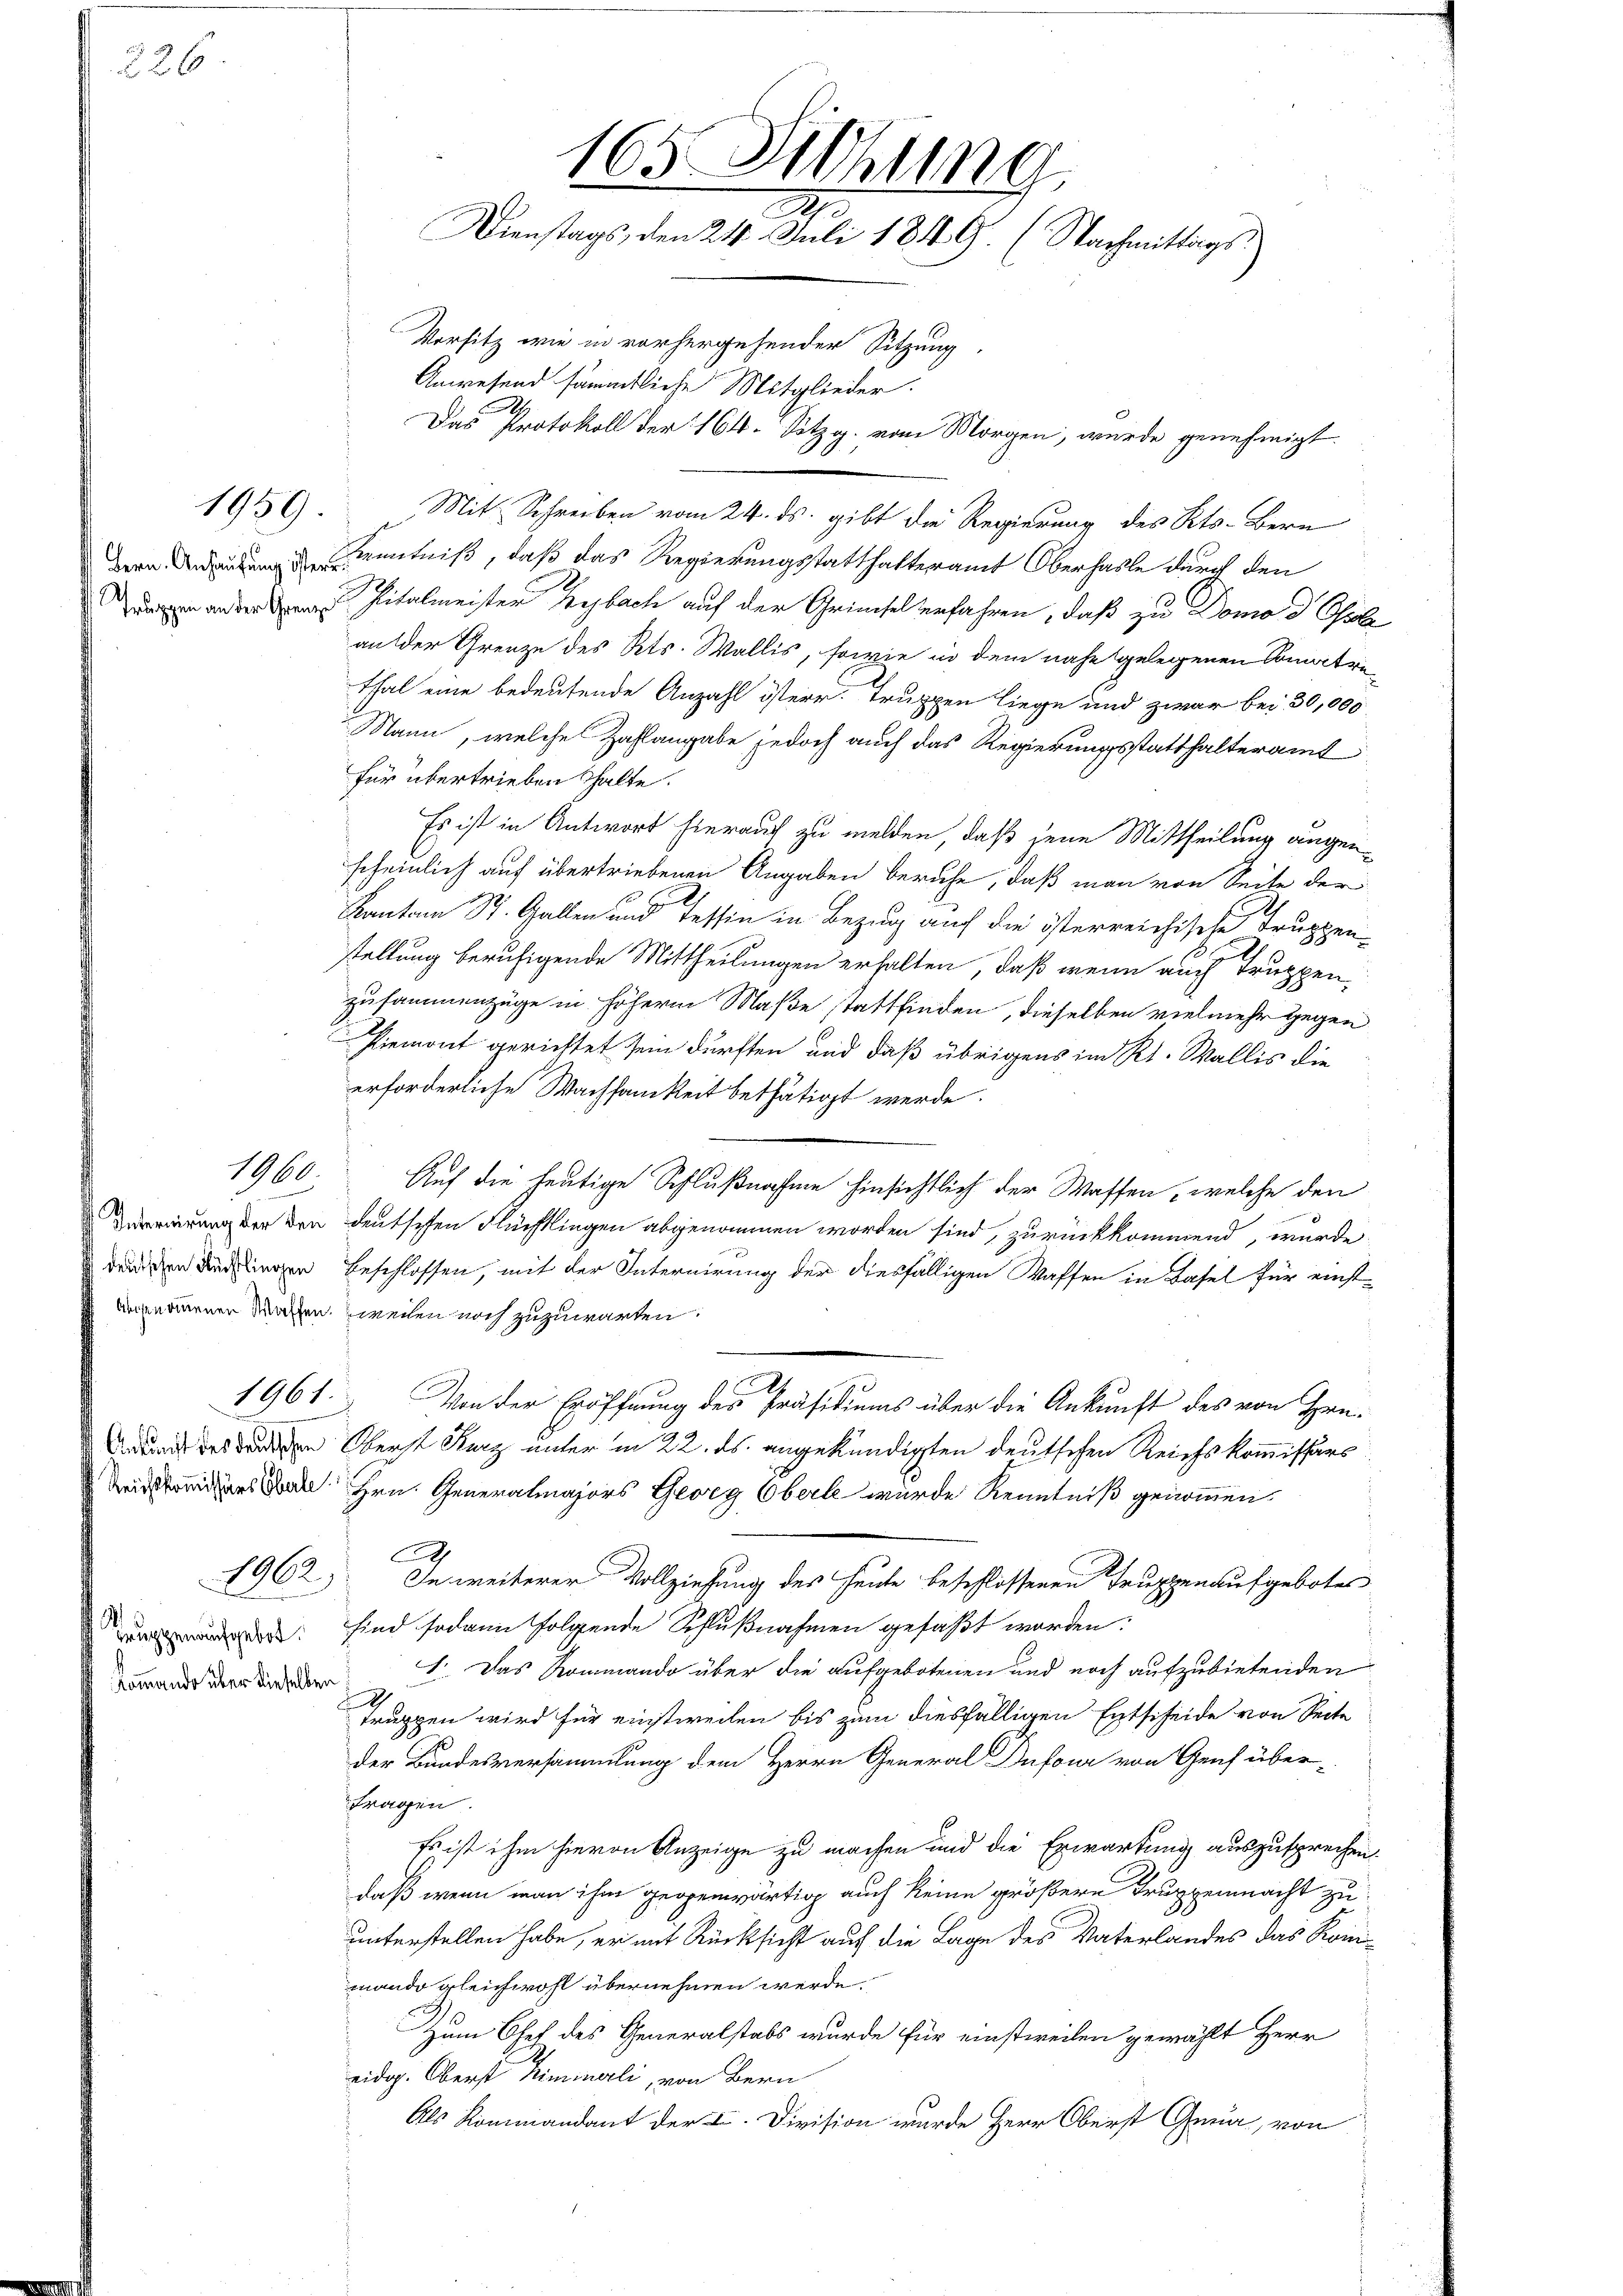
226

1959.

Truppen an der Grenze

100.

Internirung der den
deutschen Flüchtlingen

1961

Truppenaufgebot.
Kommando über dieselben

Vorsitz wie in vorhergehender Sitzung.
Anwesend sämmtliche Mitglieder.
.
Das Protokoll der 164. Satzg. vom Morgen, wurde genehmigt.
Mit Schreiben vom 24. ds. gibt die Regierung des Kts. Bern
 Kenntniß, daß das Regierungsstatthalteramt Oberhasle durch den
Pitalmeister Hebach auf der Grimsel verfahren, daß zu Domo d Ohsle
an der Grenze des Kts. Wallis, sowie in dem nahe gelegenen Somatrithal eine bedeutende Anzahl österr. Truppen liege und zwar bei 30,000
Mann, welches Zahlangabe jedoch auch das Regierungsstatthalteramt
für übertrieben halte.
Es ist in Antwort hierauf zu melden, daß jene Mittheilung augen
scheinlich auf übertriebenen Angaben beruhe, daß man von Seite der
Kanton St. Gallen und Tessin in Bezug auf die österreichische Truppen-
stellung beruhigende Mittheilungen erhalten, daß wenn auch Truppen
zusammenzüge in höherm Maße stattfinden, dieselben vielmehr gegen
Piemont gerichtet sein dürften und daß übrigens im Kt. Wallis die
erforderliche Wachsamkeit bethätigt werde.
Auf die heutige Schlußnahme hinsichtlich der Wassen, welche den
deutschen Flüchtlingen abgenommen worden sind, zurückkommend, wurde
Beschlossen, mit der Internirung der diesfälligen Waffen in Basel für einst¬
Argenommenen Waffen weilen noch zuzuwarten.
Von der Eröffnung der Präsidiums über die Ankunft des von Hen-
durch des den Oberst Kurz unter in 22. ds. angekündigten deutschen Reichskommissärs
itres an Hrn. Generalmajors Georg Oberle wurde Kenntniß genommen.
A
1962) In weiterer Vollziehung des Heute beschlossenen Truppenaufgebotes
sind sodann folgende Schlußnahmen gefaßt worden:
1. Das Kommando über die aufgebotenen und noch aufzubietenden
A
truppen wird für einstweilen bis zum diesfälligen Entscheide von Secte
der Bundesversammlung dem Herrn General Dufour von Genf über-
Fragen
Es ist ihm hievon Anzeige zu machen und die Erwartung auszusprechen.
daß wenn man ihm gegenwärtig auch keine größere Truppenmacht zu
unterstellen habe, er mit Rücksicht auf die Lage des Vaterlandes das Kommando gleichwohl übernehmen werde.
Zum Chef des Generalstabs wurde für einstweilen gewählt Herr
eidg. Oberst Himmerli, von Bern
Als Kommandant der L. Division wurde Herr Oberst Gena, von

165 Sitzung
Dienstags, den 24. Juli 1849. (Nachmittags¬